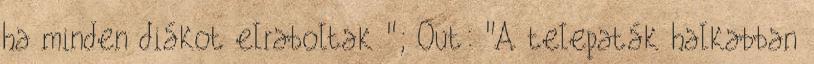
ha minden diákot elraboltak "; Out: "A telepaták halkabban